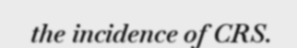
the incidence of CRS.